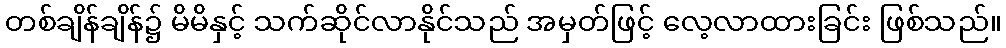
တစ်ချိန်ချိန်၌ မိမိနှင့် သက်ဆိုင်လာနိုင်သည် အမှတ်ဖြင့် လေ့လာထားခြင်း ဖြစ်သည်။